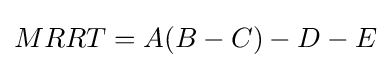
MRRT=A(B-C)-D-E